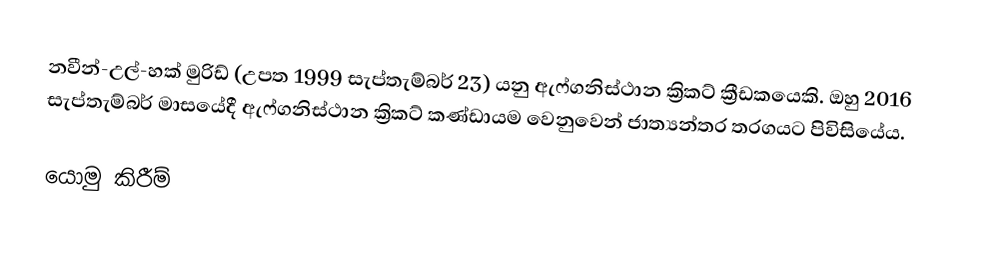
නවීන්-උල්-හක් මුරිඩ් (උපත 1999 සැප්තැම්බර් 23) යනු ඇෆ්ගනිස්ථාන ක්‍රිකට් ක්‍රීඩකයෙකි. ඔහු 2016 සැප්තැම්බර් මාසයේදී ඇෆ්ගනිස්ථාන ක්‍රිකට් කණ්ඩායම වෙනුවෙන් ජාත්‍යන්තර තරගයට පිවිසියේය.

යොමු කිරීම්